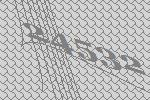
24532